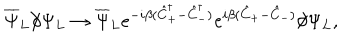
LaTeX: \overline { { { \Psi } } } _ { L } \partial \! \! \! / \Psi _ { L } \to \overline { { { \Psi } } } _ { L } e ^ { - i \beta ( \hat { C } _ { + } ^ { \dagger } - \hat { C } _ { - } ^ { \dagger } ) } e ^ { i \beta ( \hat { C } _ { + } - \hat { C } _ { - } ) } \partial \! \! \! / \Psi _ { L } ,